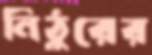
নিঠুরের